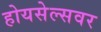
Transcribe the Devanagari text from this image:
होयसेल्सवर